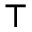
\intercal